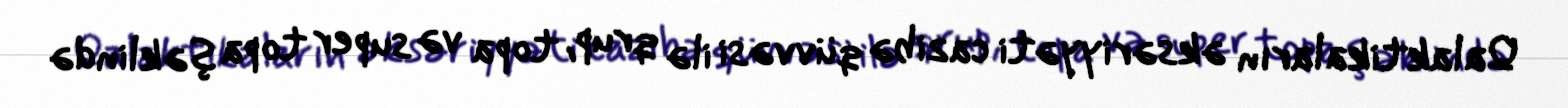
Qalaktikaların əksəriyyəti cazibə qüvvəsi ilə qrup, topa və super topa şəklində